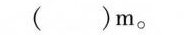
( )m。